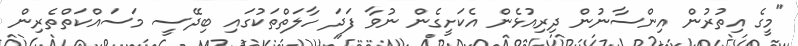
"މީގެ އިތުރުން އިންސާނުން ދިރިއުޅެން އެކަށީގެން ނުވާ ފަދަ ހާލަތްތަކުގައި ބިދޭސީ މަސައްކަތްތެރިން